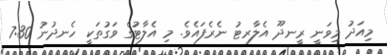
މިއަދު މިވަނީ ރީނދޫ އެލާރޓު ނެރެފައެވެ. މި އެލާޓުގެ ވަގުތަކީ ހެނދުނު 7:30